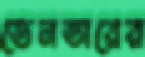
ডেনভারের